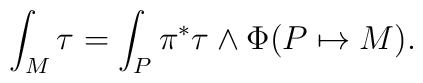
\int_{M} \tau = \int_{P} \pi^{*}\tau\wedge \Phi(P\mapsto M).